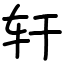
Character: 轩